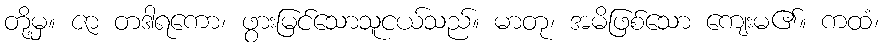
တို့မှ။ ဇာ တဒါရကော၊ ဖွားမြင်သောသူငယ်သည်။ မာတု၊ အမိဖြစ်သော ကျေးမ၏။ ကထံ၊